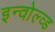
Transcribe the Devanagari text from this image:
इन्वोल्व्ड